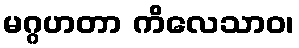
မဂ္ဂဟတာ ကိလေသာဝ၊